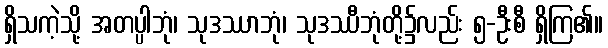
ရှိသကဲ့သို့ အတပ္ပါဘုံ၊ သုဒဿာဘုံ၊ သုဒဿီဘုံတို့၌လည်း ၅-ဦးစီ ရှိကြ၏။